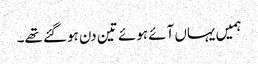
ہمیں یہاں آئے ہوئے تین دن ہوگئے تھے۔